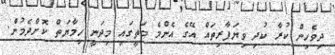
ދިވެހިން ކުރާ ކުދި ވިޔަފާރިތައް އޭގެ އެންމެ މަތީގައި މިދަނީ ހިމާޔަތް ކޮށްދެމުން.